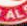
AL